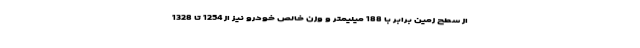
از سطح زمین برابر با 188 میلیمتر و وزن خالص خودرو نیز از 1254 تا 1328